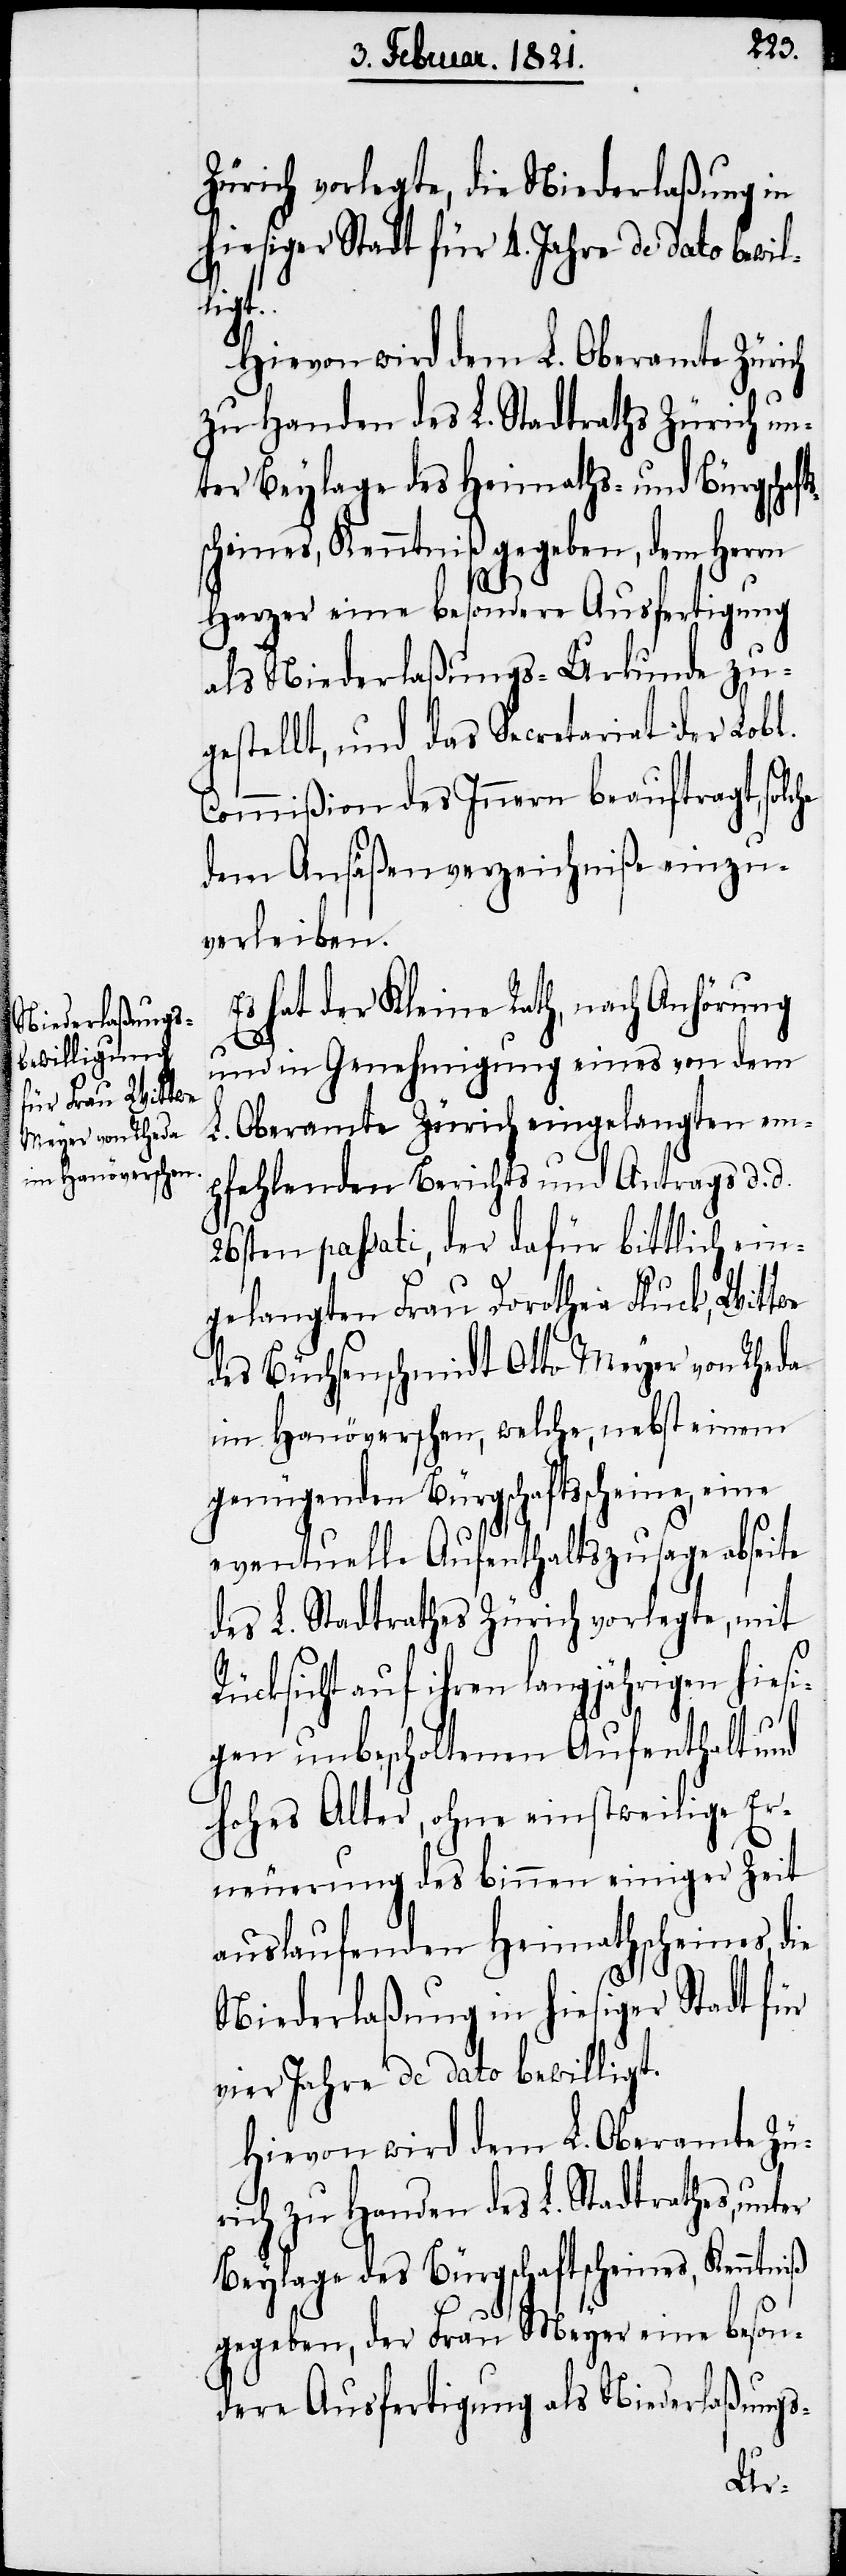
Zürich vorlegte, die Niederlaßung in
hiesiger Stadt für 4. Jahre de dato bewil¬
er
Hiervon wird dem L. Oberamte Zürich
zu Handen des L. Stadtraths Zürich un¬
ter Beylage des Heimaths- und Bürgschafts¬
scheines, Kenntniß gegeben, dem Herrn
Harzer eine besondere Ausfertigung
als Niederlaßungs-Urkunde zu¬
gestellt, und das Secretariat der Lobl.
Commißion des Innern beauftragt, solche
dem Ansäßenverzeichniße einzu¬
verleiben.
Es hat der Kleine Rath, nach Anhörung
und in Genehmigung eines von dem
L. Oberamte Zürich eingelangten em¬
pfehlenden Berichts und Antrags d. d.
26sten passati, der dafür bittlich ein¬
gelangten Frau Dorothea Stuck, Wittwe
des Büchsenschmidt Otto Meyer von Rheda
im Hanöverschen, welche, nebst einem
genügenden Bürgschaftsscheine, eine
eventuelle Aufenthaltszusage abseite
des L. Stadtrathes Zürich vorlegte, mit
Rücksicht auf ihren langjährigen hiesi¬
gen unbescholtenen Aufenthalt und
hohes Alter, ohne einstweilige Er¬
neuerung des binnen einiger Zeit
auslaufenden Heimathscheines, die
Niederlaßung in hiesiger Stadt für
vier Jahre de dato bewilligt.
Hievon wird dem L. Oberamte Zü¬
rich zu Handen des L. Stadtrathes, unt¬
Beylage des Bürgschaftscheines, Kenntniß
gegeben, der Frau Meyer eine beson¬
dere Ausfertigung als Niederlaßungs-